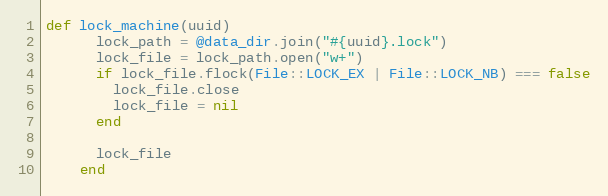
Language: Ruby
def lock_machine(uuid)
      lock_path = @data_dir.join("#{uuid}.lock")
      lock_file = lock_path.open("w+")
      if lock_file.flock(File::LOCK_EX | File::LOCK_NB) === false
        lock_file.close
        lock_file = nil
      end

      lock_file
    end